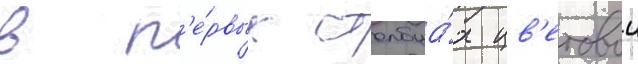
в п'е́рвых столбца́х цв'етовои